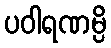
ပဝါရဏမ္ပိ